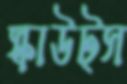
স্কাউট্স